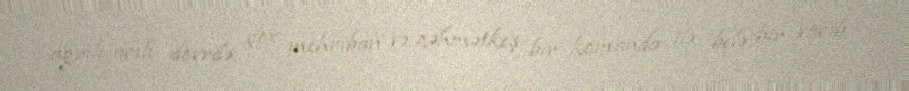
ağrılı-acılı dövrdə çox mehriban və zəhmətkeş bir komanda ilə belə bir vacib